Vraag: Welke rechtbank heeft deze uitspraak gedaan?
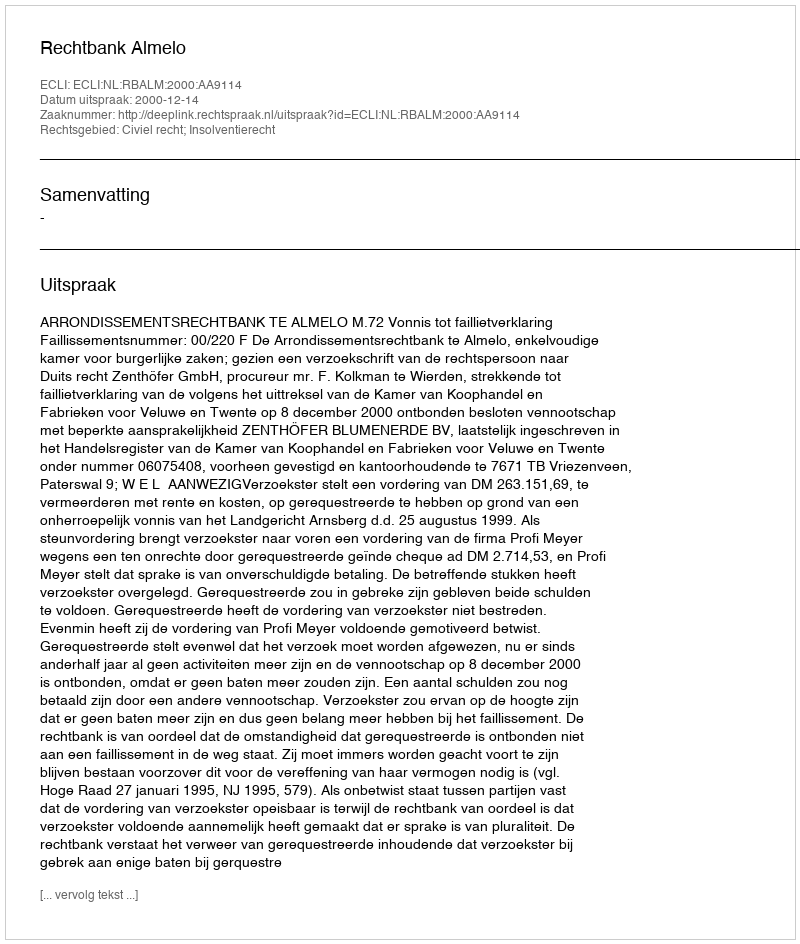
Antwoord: Rechtbank Almelo